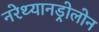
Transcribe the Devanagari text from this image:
नरेथ्यानड्रोलोन